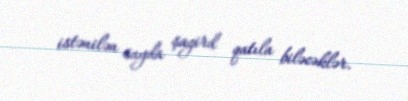
istənilən sayda şagird qatıla biləcəklər.